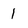
Character: l